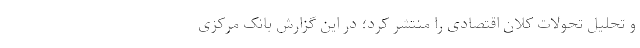
و تحلیل تحولات کلان اقتصادی را منتشر کرد؛ در این گزارش بانک مرکزی